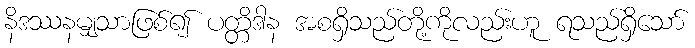
နိဒဿနမျှသာဖြစ်၍ ပတ္တိဒါန အစရှိသည်တို့ကိုလည်းဟူ ရသည်ရှိသော်